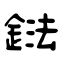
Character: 鍅